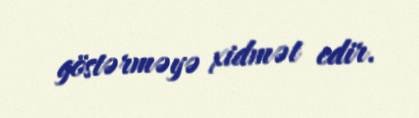
göstərməyə xidmət edir.